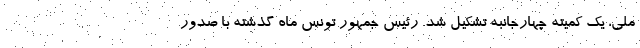
ملی، یک کمیته چهارجانبه تشکیل شد. رئیس جمهور تونس ماه گذشته با صدور